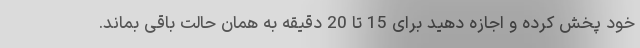
خود پخش کرده و اجازه دهید برای 15 تا 20 دقیقه به همان حالت باقی بماند.